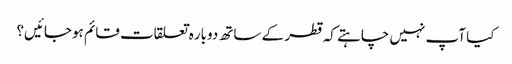
کیا آپ نہیں چاہتے کہ قطر کے ساتھ دوباره تعلقات قائم ہوجائیں؟